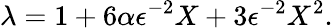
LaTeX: \lambda=1+6\alpha\epsilon^{-2}X+3\epsilon^{-2}X^{2}.